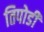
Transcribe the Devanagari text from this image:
तिपोडी